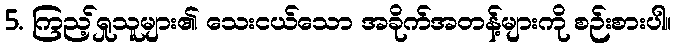
5. ကြည့်ရှုသူများ၏ သေးငယ်သော အခိုက်အတန့်များကို စဉ်းစားပါ။